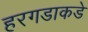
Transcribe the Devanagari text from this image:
हरगडाकडे